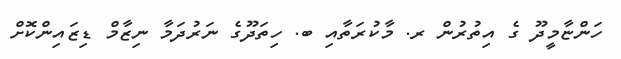
ހަންޏާމީދޫ ގެ އިތުރުން ރ. މާކުރަތާއި ބ. ހިތަދޫގެ ނަރުދަމާ ނިޒާމް ޑިޒައިންކޮށް